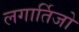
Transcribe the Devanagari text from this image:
लगार्तिजो